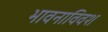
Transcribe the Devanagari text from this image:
भावनाविवश